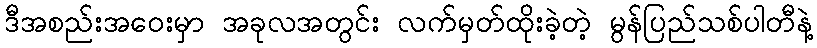
ဒီအစည်းအဝေးမှာ အခုလအတွင်း လက်မှတ်ထိုးခဲ့တဲ့ မွန်ပြည်သစ်ပါတီနဲ့